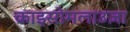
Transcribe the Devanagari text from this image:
क्राइसोमलाउज़ा